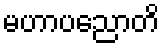
မဟာပညောတိ